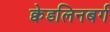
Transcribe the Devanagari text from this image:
क्वेडलिनबर्ग